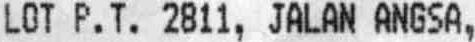
LOT P.T. 2811, JALAN ANGSA,